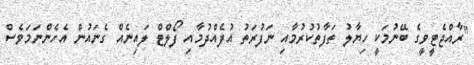
"ރާއްޖެޓީވީގެ ބޭނުމަކީ ހިޔާލު ތަފާތުކުރުމާއި ނަފުރަތު އުފެއްދުމާއި ފޯލްޓް ލައިނެއް ގެނައުން އެހެންނަމަވެސް